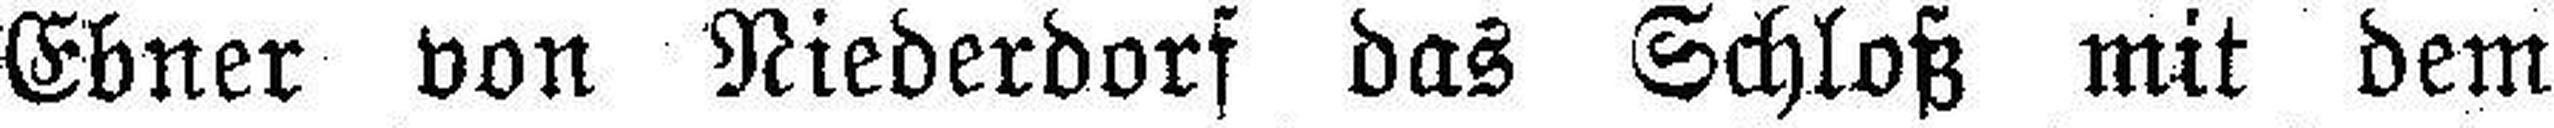
Ebner von Niederdorf das Schloß mit dem